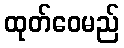
ထုတ်ဝေမည်